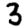
Digit: 3